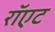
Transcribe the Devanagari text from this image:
रॉएट